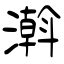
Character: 濣